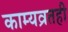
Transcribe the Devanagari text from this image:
काम्यव्रतही